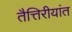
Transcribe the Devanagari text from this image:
तैत्तिरीयांत